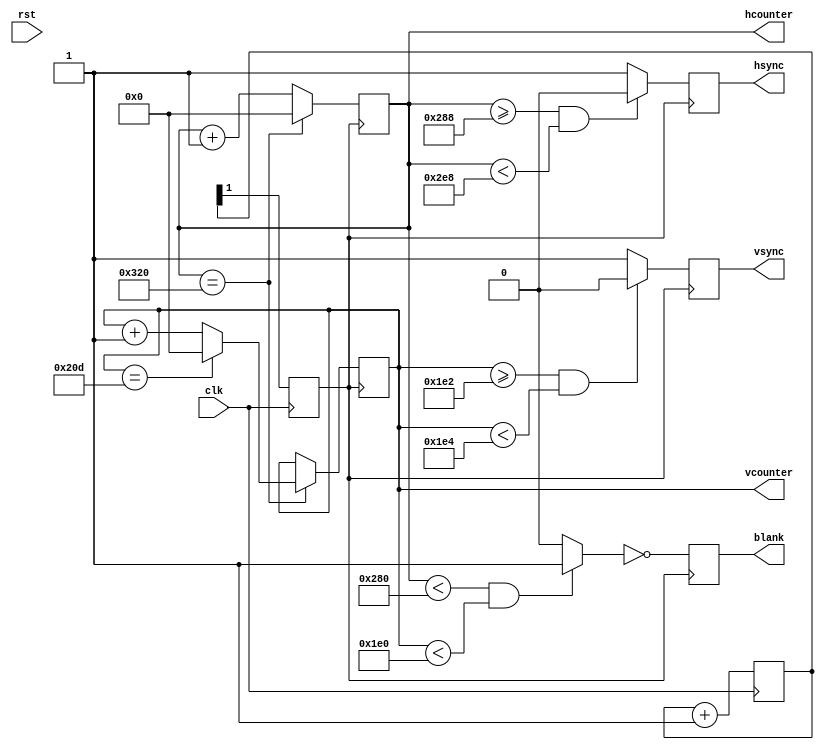
module VgaController(
	output reg        hsync,
	output reg        vsync,
	output reg        blank,
	output reg [10:0] hcounter,
	output reg [10:0] vcounter,

	input  wire       clk,
	input  wire       rst
);
	parameter HMAX = 800;
	parameter VMAX = 525;
	parameter HLINES = 640;
	parameter HFP = 648;
	parameter HSP = 744;
	parameter VLINES = 480;
	parameter VFP = 482;
	parameter VSP = 484;
	parameter SPP = 0;

	wire video_enable;
	
	reg clk_25Mhz;
	reg [1:0] count;
	always @ (posedge clk) begin
		count <= count + 1'b1;
		clk_25Mhz <= count[1];
	end

	assign video_enable = (hcounter < HLINES && vcounter < VLINES) ? 1'b1 : 1'b0;
	always @(posedge clk_25Mhz) begin
		blank <= ~video_enable;
	end

	always @(posedge clk_25Mhz) begin
		if (hcounter == HMAX)
			hcounter <= 0;
		else
			hcounter <= hcounter + 1;
	end

	always @(posedge clk_25Mhz) begin
		if (hcounter == HMAX) begin
			if (vcounter == VMAX)
				vcounter <= 0;
			else
				vcounter <= vcounter + 1;
		end
	end

	always @(posedge clk_25Mhz) begin
		if (hcounter >= HFP && hcounter < HSP)
			hsync <= SPP;
		else
			hsync <= ~SPP;
	end

	always @(posedge clk_25Mhz) begin
		if (vcounter >= VFP && vcounter < VSP)
			vsync <= SPP;
		else
			vsync <= ~SPP;
	end
endmodule